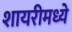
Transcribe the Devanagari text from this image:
शायरीमध्ये